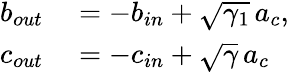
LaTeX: \begin{array}{rl}{b_{out}}&{{}=-b_{in}+\sqrt{\gamma_{1}}\, a_{c},}\\ {c_{out}}&{{}=-c_{in}+\sqrt{\gamma}\, a_{c}}\end{array}